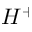
H ^ { + }